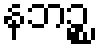
နဘဉ္စ